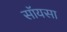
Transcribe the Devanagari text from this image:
सॉयसा